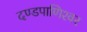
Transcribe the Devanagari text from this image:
दण्‍डपाणिश्‍वर